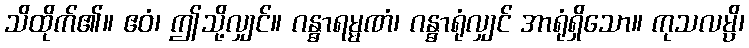
သိထိုက်၏။ ဧဝံ၊ ဤသို့လျှင်။ ဂန္ဓာရမ္မဏံ၊ ဂန္ဓာရုံလျှင် အာရုံရှိသော။ ကုသလမ္ပိ၊